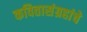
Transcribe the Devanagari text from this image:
कवितासंग्रहांचे